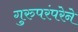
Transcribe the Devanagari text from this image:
गुरुपरंपरेने